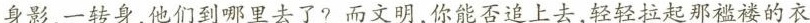
身影，一转身，他们到哪里去了?而文明，你能否追上去，轻轻拉起那褴褛的衣